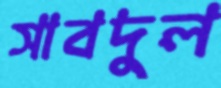
সাবদুল